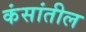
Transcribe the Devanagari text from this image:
कंसांतील